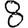
Digit: 8